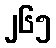
၂၆၅